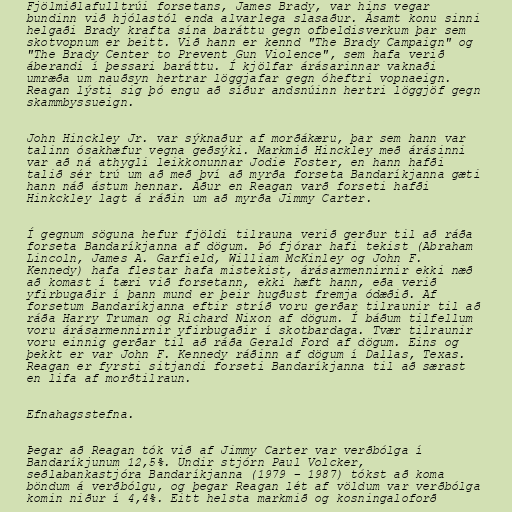
Fjölmiðlafulltrúi forsetans, James Brady, var hins vegar
bundinn við hjólastól enda alvarlega slasaður. Ásamt konu sinni
helgaði Brady krafta sína baráttu gegn ofbeldisverkum þar sem
skotvopnum er beitt. Við hann er kennd "The Brady Campaign" og
"The Brady Center to Prevent Gun Violence", sem hafa verið
áberandi í þessari baráttu. Í kjölfar árásarinnar vaknaði
umræða um nauðsyn hertrar löggjafar gegn óheftri vopnaeign.
Reagan lýsti sig þó engu að síður andsnúinn hertri löggjöf gegn
skammbyssueign.

John Hinckley Jr. var sýknaður af morðákæru, þar sem hann var
talinn ósakhæfur vegna geðsýki. Markmið Hinckley með árásinni
var að ná athygli leikkonunnar Jodie Foster, en hann hafði
talið sér trú um að með því að myrða forseta Bandaríkjanna gæti
hann náð ástum hennar. Áður en Reagan varð forseti hafði
Hinkckley lagt á ráðin um að myrða Jimmy Carter.

Í gegnum söguna hefur fjöldi tilrauna verið gerður til að ráða
forseta Bandaríkjanna af dögum. Þó fjórar hafi tekist (Abraham
Lincoln, James A. Garfield, William McKinley og John F.
Kennedy) hafa flestar hafa mistekist, árásarmennirnir ekki næð
að komast í tæri við forsetann, ekki hæft hann, eða verið
yfirbugaðir í þann mund er þeir hugðust fremja ódæðið. Af
forsetum Bandaríkjanna eftir stríð voru gerðar tilraunir til að
ráða Harry Truman og Richard Nixon af dögum. Í báðum tilfellum
voru árásarmennirnir yfirbugaðir í skotbardaga. Tvær tilraunir
voru einnig gerðar til að ráða Gerald Ford af dögum. Eins og
þekkt er var John F. Kennedy ráðinn af dögum í Dallas, Texas.
Reagan er fyrsti sitjandi forseti Bandaríkjanna til að særast
en lifa af morðtilraun.

Efnahagsstefna.

Þegar að Reagan tók við af Jimmy Carter var verðbólga í
Bandaríkjunum 12,5%. Undir stjórn Paul Volcker,
seðlabankastjóra Bandaríkjanna (1979 – 1987) tókst að koma
böndum á verðbólgu, og þegar Reagan lét af völdum var verðbólga
komin niður í 4,4%. Eitt helsta markmið og kosningaloforð